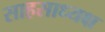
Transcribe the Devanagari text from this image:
साहसाध्यक्ष